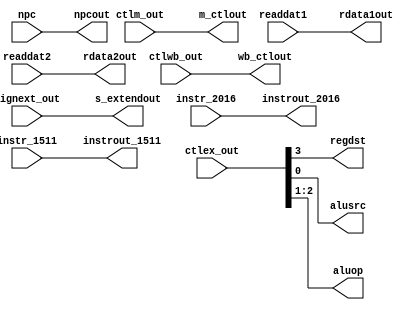
/*   id_ex.v  */
module id_ex(
	input		wire 	[1:0]		ctlwb_out,
	input		wire 	[2:0]		ctlm_out,
	input		wire 	[3:0]		ctlex_out,
	input		wire 	[31:0]	npc, readdat1, readdat2, signext_out,
	input		wire	[4:0]		instr_2016, instr_1511,
	output	reg	[1:0]		wb_ctlout,
	output	reg	[2:0]		m_ctlout,
	output	reg				regdst, alusrc,
	output	reg	[1:0]		aluop, 
	output	reg 	[31:0]	npcout, rdata1out, rdata2out, s_extendout,
	output	reg	[4:0]		instrout_2016, instrout_1511
 );
		
initial 
begin
      // Initialize outputs to 0
  		wb_ctlout <= 2'b0;
	  	m_ctlout <= 3'b0;
	  	regdst <= 1'b0;
	  	aluop <= 2'b0;
	  	alusrc <= 1'b0;
	  	npcout <= 32'b0;
	  	rdata1out <= 32'b0;  
	  	rdata2out <= 32'b0;
	  	s_extendout <= 32'b0;
		instrout_2016 <= 5'b0; 
		instrout_1511 <= 5'b0; 
end

always @ * 
begin
       // Inputs wired to corresponding outputs
 		 #1;
	 	 wb_ctlout <= ctlwb_out;
		 m_ctlout <= ctlm_out;
		 regdst <= ctlex_out[3];
		 aluop <= ctlex_out[2:1];
		 alusrc <= ctlex_out[0];
		 npcout <= npc;
		 rdata1out <= readdat1;
		 rdata2out <= readdat2;
		 s_extendout <= signext_out;
		 instrout_2016 <= instr_2016;
		 instrout_1511 <= instr_1511; 
end
endmodule //id_ex